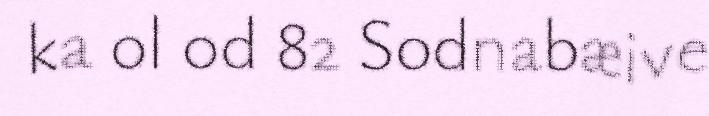
ka ol 0d 82 Sodnabæive